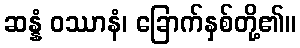
ဆန္နံ ဝဿာနံ၊ ခြောက်နှစ်တို့၏။